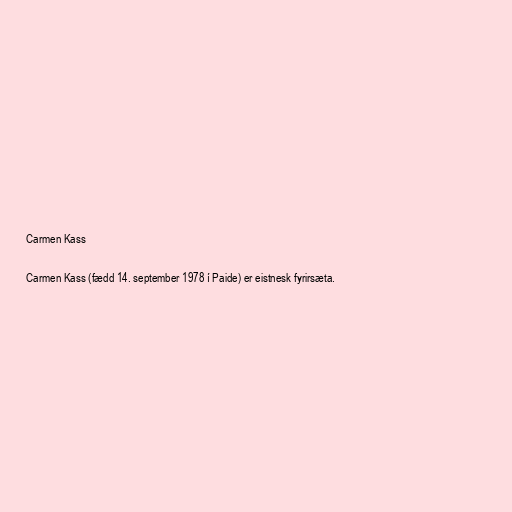
Carmen Kass

Carmen Kass (fædd 14. september 1978 í Paide) er eistnesk fyrirsæta.